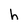
Character: h